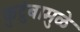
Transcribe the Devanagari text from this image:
कुटुंबामुळे